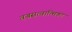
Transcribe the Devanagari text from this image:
वज्रसत्वात्मिका